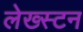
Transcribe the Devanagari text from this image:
लेख्स्टन